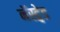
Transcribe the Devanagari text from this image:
नॅस्ट्वेड